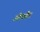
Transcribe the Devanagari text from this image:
ओवहैड